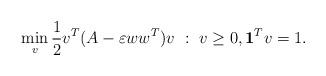
LaTeX: \begin{align*} \min_v \frac12 v^T(A - \varepsilon ww^T)v\ :\ v \geq 0, {\bf 1}^Tv = 1.\end{align*}